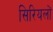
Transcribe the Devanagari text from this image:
सिरियलों